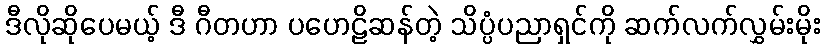
ဒီလိုဆိုပေမယ့် ဒီ ဂီတဟာ ပဟေဠိဆန်တဲ့ သိပ္ပံပညာရှင်ကို ဆက်လက်လွှမ်းမိုး